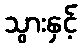
သွားနှင့်